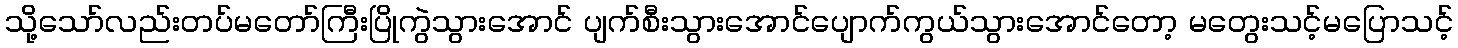
သို့သော်လည်းတပ်မတော်ကြီးပြိုကွဲသွားအောင် ပျက်စီးသွားအောင်ပျောက်ကွယ်သွားအောင်တော့ မတွေးသင့်မပြောသင့်